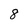
Character: 8